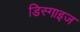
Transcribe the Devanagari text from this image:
डिस्गाइज